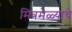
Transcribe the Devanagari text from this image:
मित्रमेळ्याचे